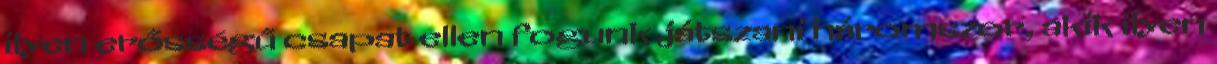
ilyen erősségű csapat ellen fogunk játszani háromszor, akik ilyen